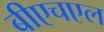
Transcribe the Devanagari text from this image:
बीएचएल